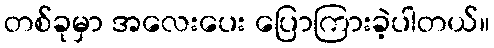
တစ်ခုမှာ အလေးပေး ပြောကြားခဲ့ပါတယ်။